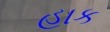
હાક